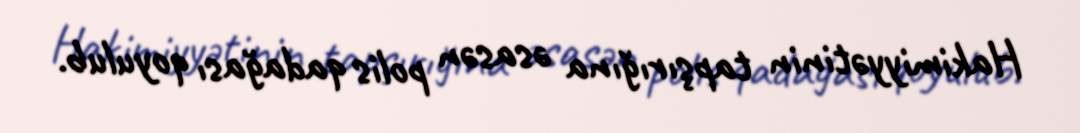
Hakimiyyətinin tapşırığına əsasən polis qadağası qoyulub.